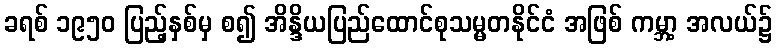
ခရစ် ၁၉၅၀ ပြည့်နှစ်မှ စ၍ အိန္ဒိယပြည်ထောင်စုသမ္မတနိုင်ငံ အဖြစ် ကမ္ဘာ့ အလယ်၌